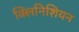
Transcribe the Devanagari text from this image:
क्लिनिशियन